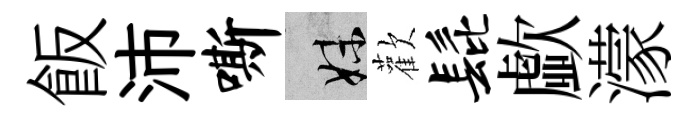
飯沛嘶妹歡髭歔濛